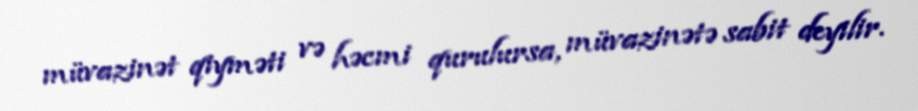
müvazinət qiyməti və həcmi qurulursa, müvazinətə sabit deyilir.